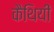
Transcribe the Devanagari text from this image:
कैथियीं